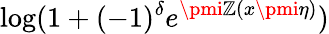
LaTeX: \log(1+(-1)^{\delta}e^{\pmi\mathbb{Z}(x\pmi\eta)})